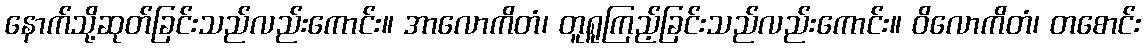
နောက်သို့ဆုတ်ခြင်းသည်လည်းကောင်း။ အာလောကိတံ၊ တူရူကြည့်ခြင်းသည်လည်းကောင်း။ ဝိလောကိတံ၊ တစောင်း